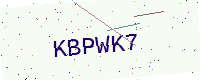
Text: KBPWK7